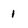
Character: 1